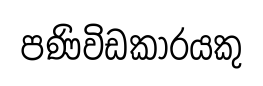
පණිවිඩකාරයකු